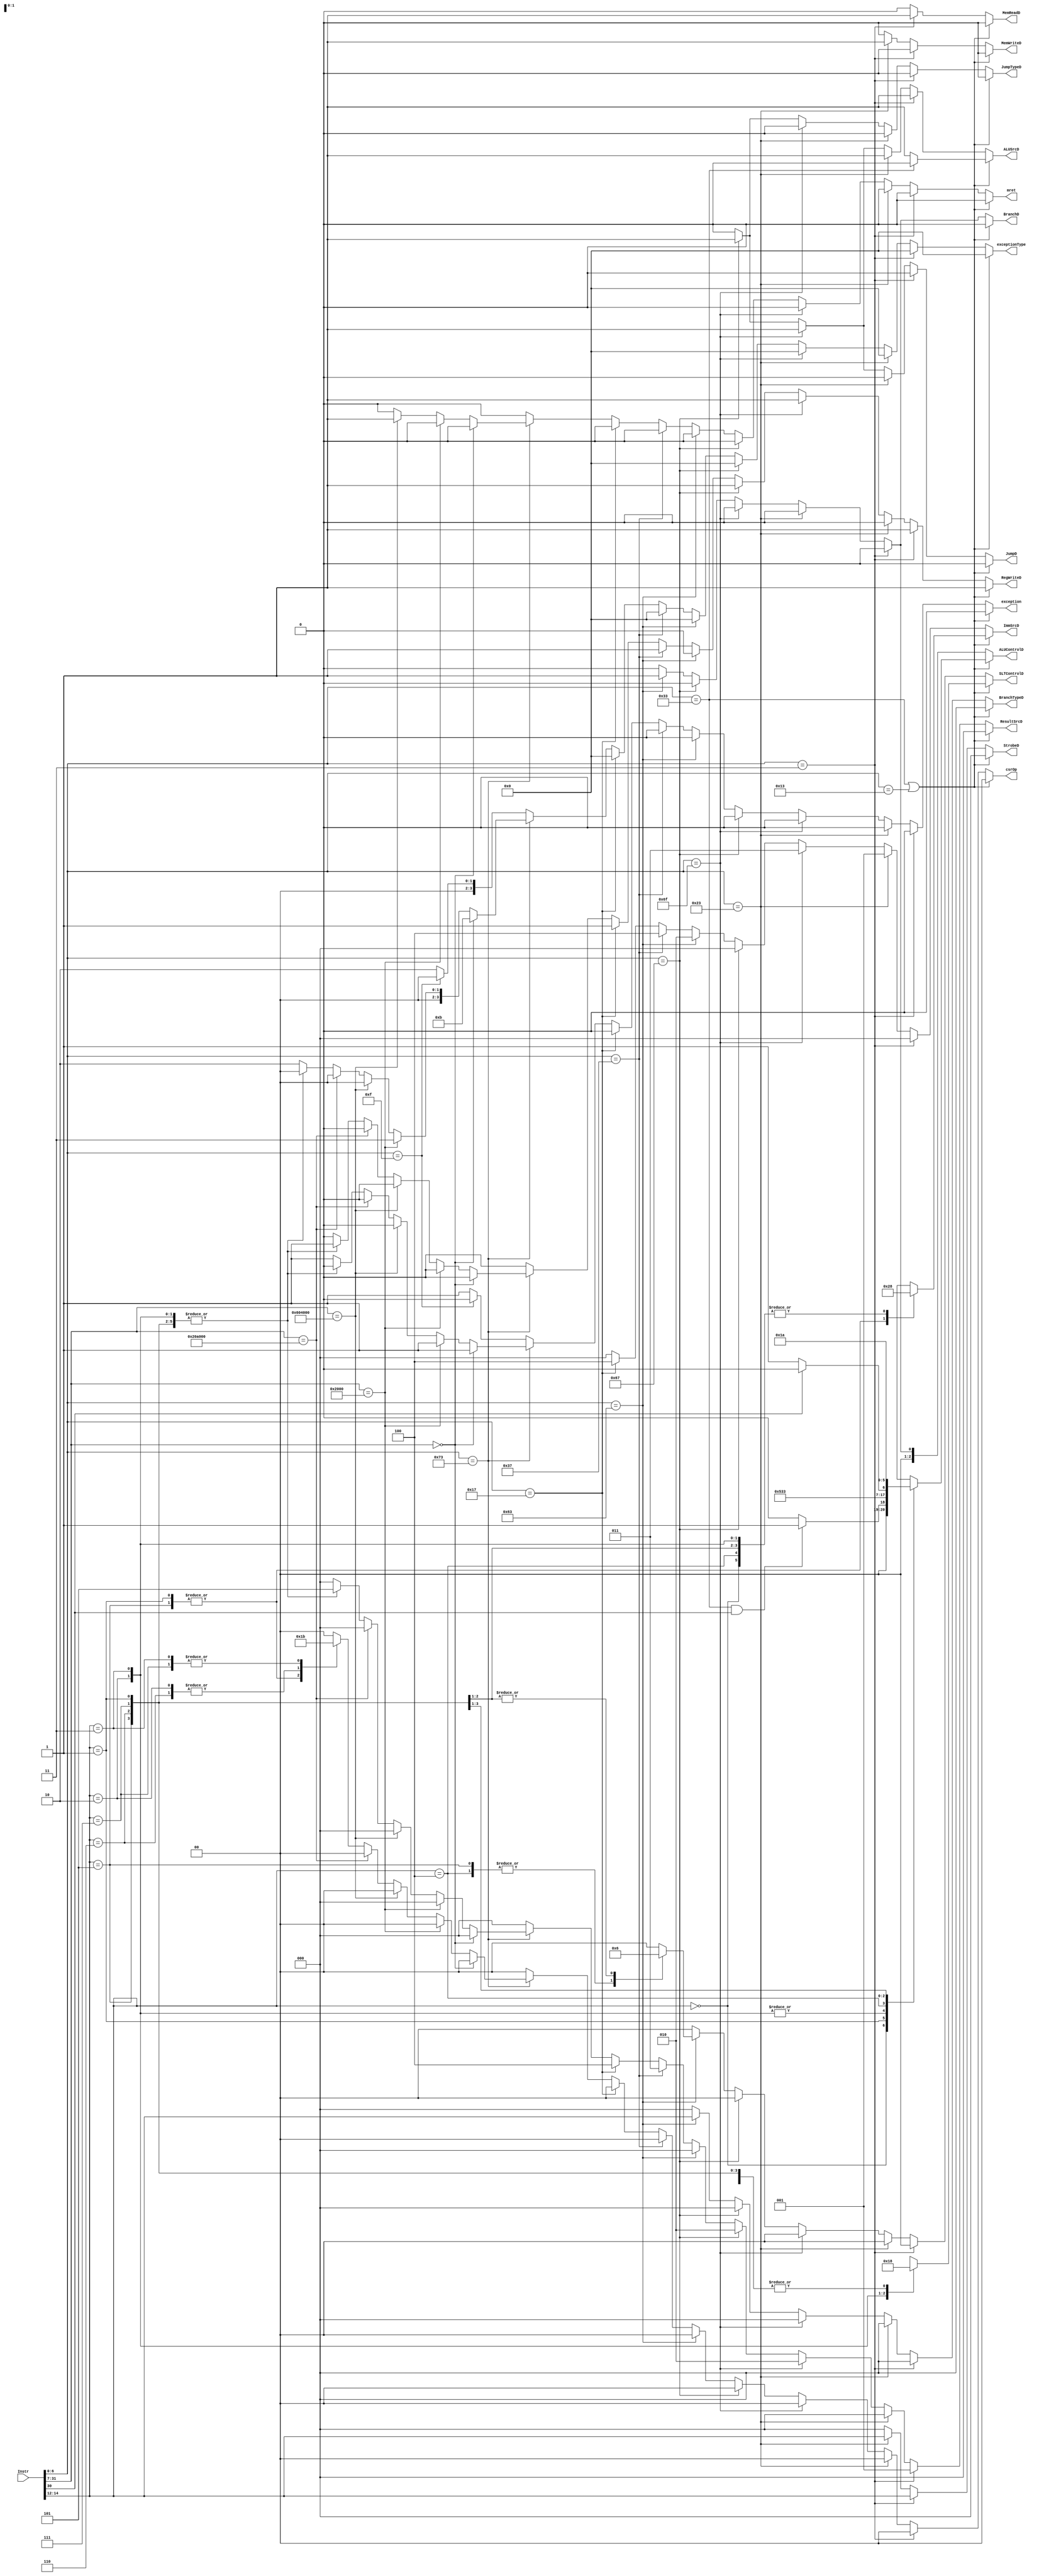
module ControlUnit (
    input       wire        [31:0]      Instr,

    output      reg                     RegWriteD,
    output      reg         [2:0]       ResultSrcD,
    output      reg                     MemWriteD,
    output      reg                     MemReadD,
    output      reg                     JumpD,
    output      reg                     JumpTypeD,
    output      reg                     BranchD,
    output      reg         [2:0]       BranchTypeD,
    output      reg         [2:0]       ALUControlD,
    output      reg                     ALUSrcD,
    output      reg         [1:0]       SLTControlD,
    output      reg         [2:0]       ImmSrcD,
    output      reg         [2:0]       StrobeD,

    output      reg         [1:0]       csrOp,
    output      reg                     exception,
    output      reg         [3:0]       exceptionType,
    output      reg                     mret  
);


localparam      RTYPE   =   7'b0110011,
                ITYPE   =   7'b0010011,
                LOAD    =   7'b0000011,
                STORE   =   7'b0100011,
                JAL     =   7'b1101111,
                JALR    =   7'b1100111,
                BRANCH  =   7'b1100011,
                LUI     =   7'b0110111,
                AUIPC   =   7'b0010111,
                SYSTEM  =   7'b1110011,
                FENCE   =   7'b0001111;


localparam      ADD      =   3'b000,
                SUB      =   3'b001,
                AND      =   3'b010,
                OR       =   3'b011,
                XOR      =   3'b100,
                SLL      =   3'b101,
                SRA      =   3'b110,
                SRL      =   3'b111;

wire        [6:0]       OP;
wire        [2:0]       funct3;
wire                    funct7_5;

assign OP       = Instr[6:0];
assign funct3   = Instr[14:12];
assign funct7_5 = Instr[30];

always @ (*)
    begin
        csrOp = 0;
        exception = 0;
        exceptionType = 4'd0;
        mret = 0; 
        if (OP == RTYPE || OP == ITYPE)
            begin
                if (OP == RTYPE)
                    begin
                        RegWriteD = 1;
                        ResultSrcD = 3'b000;
                        MemWriteD = 0;
                        MemReadD = 0;
                        JumpD = 0;
                        JumpTypeD = 0;
                        BranchD = 0;
                        BranchTypeD = 3'b000;
                        ALUSrcD = 0;
                        ImmSrcD = 3'b000;
                        StrobeD = 3'b000;
                    end

                else //I-Type
                    begin
                        RegWriteD = 1;
                        ResultSrcD = 3'b000;
                        MemWriteD = 0;
                        MemReadD = 0;
                        JumpD = 0;
                        JumpTypeD = 0;
                        BranchD = 0;
                        BranchTypeD = 3'b000;
                        ALUSrcD = 1;
                        ImmSrcD = 3'b000;
                        StrobeD = 3'b000;
                    end

                case (funct3)
                    3'b000     :        begin
                                            SLTControlD         =   2'b00;
                                            if (OP == RTYPE && funct7_5)
                                                ALUControlD     =   SUB;
                                            else
                                                ALUControlD     =   ADD;    
                                        end

                    3'b001     :        begin
                                            ALUControlD     =       SLL;
                                            SLTControlD     =       2'b00;
                                            ImmSrcD         =       3'b101;
                                        end

                    3'b010     :        begin
                                            ALUControlD     =       SUB;
                                            SLTControlD     =       2'b01;
                                        end


                    3'b011     :        begin
                                            ALUControlD     =       SUB;
                                            SLTControlD     =       2'b10;
                                        end

                    3'b100     :        begin
                                            ALUControlD     =       XOR;
                                            SLTControlD     =       2'b00;
                                        end

                    3'b101     :        begin
                                            ImmSrcD         =       3'b101;
                                            SLTControlD     =       2'b00;
                                            if (funct7_5)
                                                ALUControlD     =   SRA;
                                            else
                                                ALUControlD     =   SRL; 
                                        end

                    3'b110     :        begin
                                            ALUControlD     =       OR;
                                            SLTControlD     =       2'b00;
                                        end

                    3'b111     :        begin
                                            ALUControlD     =       AND;
                                            SLTControlD     =       2'b00;
                                        end
                endcase
            end

        else if (OP == LOAD)
            begin
                RegWriteD = 1;
                ResultSrcD = 3'b001;
                MemWriteD = 0;
                MemReadD = 1;
                JumpD = 0;
                JumpTypeD = 0;
                BranchD = 0;
                BranchTypeD = 3'b000;
                ALUSrcD = 1;
                ImmSrcD = 3'b000;
                ALUControlD = ADD;
                SLTControlD = 2'b00;
                StrobeD = funct3;
            end

        else if (OP == STORE)
            begin
                RegWriteD = 0;
                ResultSrcD = 3'b000;
                MemWriteD = 1;
                MemReadD = 0;
                JumpD = 0;
                JumpTypeD = 0;
                BranchD = 0;
                BranchTypeD = 3'b000;
                ALUSrcD = 1;
                ImmSrcD = 3'b001;
                ALUControlD = ADD;
                SLTControlD = 2'b00;
                StrobeD = funct3;
            end

        else if (OP == JAL)
            begin
                RegWriteD = 1;
                ResultSrcD = 3'b010;
                MemWriteD = 0;
                MemReadD = 0;
                JumpD = 1;
                JumpTypeD = 0;
                BranchD = 0;
                BranchTypeD = 3'b000;
                ALUSrcD = 1;
                ImmSrcD = 3'b011;
                ALUControlD = ADD;
                SLTControlD = 2'b00;
                StrobeD = 0;
            end
        
        else if (OP == JALR)
            begin
                RegWriteD = 1;
                ResultSrcD = 3'b010;
                MemWriteD = 0;
                MemReadD = 0;
                JumpD = 1;
                JumpTypeD = 1;
                BranchD = 0;
                BranchTypeD = 3'b000;
                ALUSrcD = 1;
                ImmSrcD = 3'b000;
                ALUControlD = ADD;
                SLTControlD = 2'b00;
                StrobeD = 0;
            end

        else if (OP == BRANCH)
            begin
                RegWriteD = 0;
                ResultSrcD = 3'b000;
                MemWriteD = 0;
                MemReadD = 0;
                JumpD = 0;
                JumpTypeD = 0;
                BranchD = 1;
                ALUSrcD = 0;
                ImmSrcD = 3'b010;
                ALUControlD = SUB;
                StrobeD = 0;
                BranchTypeD = funct3;

                case (funct3)
                    //beq
                    3'b000         :        begin
                                                SLTControlD = 2'b00;
                                            end

                    //bne
                    3'b001         :        begin
                                                SLTControlD = 2'b00;
                                            end

                    //blt
                    3'b100         :        begin
                                                SLTControlD = 2'b01;
                                            end

                    //bge
                    3'b101         :        begin
                                                SLTControlD = 2'b01;
                                            end

                    //bltu
                    3'b110         :        begin
                                                SLTControlD = 2'b10;
                                            end

                    //bgeu
                    3'b111         :        begin
                                                SLTControlD = 2'b10;
                                            end

                    default     :       begin
                                            SLTControlD = 2'b00;
                                        end
                endcase
            end

        else if (OP == LUI)
            begin
                RegWriteD = 1;
                ResultSrcD = 3'b011;
                MemWriteD = 0;
                MemReadD = 0;
                JumpD = 0;
                JumpTypeD = 0;
                BranchD = 0;
                BranchTypeD = 3'b000;
                ALUSrcD = 0;
                ImmSrcD = 3'b100;
                ALUControlD = ADD;
                SLTControlD = 2'b00;
                StrobeD = 0;
            end

        else if (OP == AUIPC)
            begin
                RegWriteD = 1;
                ResultSrcD = 3'b100;
                MemWriteD = 0;
                MemReadD = 0;
                JumpD = 0;
                JumpTypeD = 0;
                BranchD = 0;
                BranchTypeD = 3'b000;
                ALUSrcD = 0;
                ImmSrcD = 3'b100;
                ALUControlD = ADD;
                SLTControlD = 2'b00;
                StrobeD = 0;
            end

        else if (OP == SYSTEM) begin
            //  ECALL
            if (Instr[31:7] == 25'b0000000000000000000000000) begin
                exception = 1;
                exceptionType = 4'd11;    //  ECALL Instruction.

                RegWriteD = 0;
                ResultSrcD = 3'b000;
                MemWriteD = 0;
                MemReadD = 0;
                JumpD = 0;
                JumpTypeD = 0;
                BranchD = 0;
                BranchTypeD = 3'b000;
                ALUSrcD = 0;
                ImmSrcD = 3'b000;
                ALUControlD = ADD;
                SLTControlD = 2'b00;
                StrobeD = 0;
            end
            //  EBREAK
            else if (Instr[31:7] == 25'b0000000000010000000000000) begin
                exception = 1;
                exceptionType = 4'd3;    //  EBREAK Instruction.

                RegWriteD = 0;
                ResultSrcD = 3'b000;
                MemWriteD = 0;
                MemReadD = 0;
                JumpD = 0;
                JumpTypeD = 0;
                BranchD = 0;
                BranchTypeD = 3'b000;
                ALUSrcD = 0;
                ImmSrcD = 3'b000;
                ALUControlD = ADD;
                SLTControlD = 2'b00;
                StrobeD = 0;
            end
            //  MRET
            else if (Instr[31:7] == 25'b0011000000100000000000000) begin
                exception = 0;
                exceptionType = 4'd0;  
                mret = 1; 

                RegWriteD = 0;
                ResultSrcD = 3'b000;
                MemWriteD = 0;
                MemReadD = 0;
                JumpD = 0;
                JumpTypeD = 0;
                BranchD = 0;
                BranchTypeD = 3'b000;
                ALUSrcD = 0;
                ImmSrcD = 3'b000;
                ALUControlD = ADD;
                SLTControlD = 2'b00;
                StrobeD = 0;
            end
            //  WFI
            else if (Instr[31:7] == 25'b0001000001010000000000000) begin
                exception = 0;
                exceptionType = 4'd0;

                RegWriteD = 0;
                ResultSrcD = 3'b000;
                MemWriteD = 0;
                MemReadD = 0;
                JumpD = 0;
                JumpTypeD = 0;
                BranchD = 0;
                BranchTypeD = 3'b000;
                ALUSrcD = 0;
                ImmSrcD = 3'b000;
                ALUControlD = ADD;
                SLTControlD = 2'b00;
                StrobeD = 0;
            end
            else begin
                case (funct3) 
                    //  cssrw
                    3'b001         :        begin
                                                csrOp = 1;
                                                exception = 0;
                                                exceptionType = 4'd0;  
                                                RegWriteD = 1; 
                                                ResultSrcD = 3'b101;
                                            end
                    
                    //  cssrs
                    3'b010         :        begin
                                                csrOp = 2;
                                                exception = 0;
                                                exceptionType = 4'd0;
                                                RegWriteD = 1;
                                                ResultSrcD = 3'b101;
                                            end

                    //  cssrc
                    3'b011         :        begin
                                                csrOp = 3;
                                                exception = 0;
                                                exceptionType = 4'd0;
                                                RegWriteD = 1;
                                                ResultSrcD = 3'b101;
                                            end

                    //  cssrwi
                    3'b101         :        begin
                                                csrOp = 1;
                                                exception = 0;
                                                exceptionType = 4'd0;
                                                RegWriteD = 1;
                                                ResultSrcD = 3'b101;
                                            end

                    //  cssrsi
                    3'b110         :        begin
                                                csrOp = 2;
                                                exception = 0;
                                                exceptionType = 4'd0;
                                                RegWriteD = 1;
                                                ResultSrcD = 3'b101;
                                            end

                    //  cssrci
                    3'b111         :        begin
                                                csrOp = 3;
                                                exception = 0;
                                                exceptionType = 4'd0;
                                                RegWriteD = 1;
                                                ResultSrcD = 3'b101;
                                            end

                    default     :       begin
                                            csrOp = 0;
                                            exception = 1;
                                            exceptionType = 4'd2;    //  Illegal Instruction.
                                            RegWriteD = 0;
                                            ResultSrcD = 3'b000;
                                        end
                endcase

                MemWriteD = 0;
                MemReadD = 0;
                JumpD = 0;
                JumpTypeD = 0;
                BranchD = 0;
                BranchTypeD = 3'b000;
                ALUSrcD = 0;
                ImmSrcD = 3'b000;
                ALUControlD = ADD;
                SLTControlD = 2'b00;
                StrobeD = 0;
            end
        end

        else if (OP == FENCE) begin
            exception = 0;
            exceptionType = 4'd0;
            mret = 0;
            RegWriteD = 0;
            ResultSrcD = 3'b000;
            MemWriteD = 0;
            MemReadD = 0;
            JumpD = 0;
            JumpTypeD = 0;
            BranchD = 0;
            BranchTypeD = 3'b000;
            ALUSrcD = 0;
            ImmSrcD = 3'b000;
            ALUControlD = ADD;
            SLTControlD = 2'b00;
            StrobeD = 0;
        end

        else
            begin
                exception = 1;
                exceptionType = 4'd2;    //  Illegal Instruction.

                RegWriteD = 0;
                ResultSrcD = 3'b000;
                MemWriteD = 0;
                MemReadD = 0;
                JumpD = 0;
                JumpTypeD = 0;
                BranchD = 0;
                BranchTypeD = 3'b000;
                ALUSrcD = 0;
                ImmSrcD = 3'b000;
                ALUControlD = ADD;
                SLTControlD = 2'b00;
                StrobeD = 3'b000;
            end
    end


endmodule